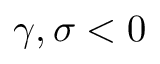
\gamma , \sigma < 0